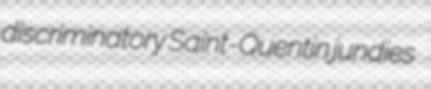
discriminatory Saint-Quentin jundies